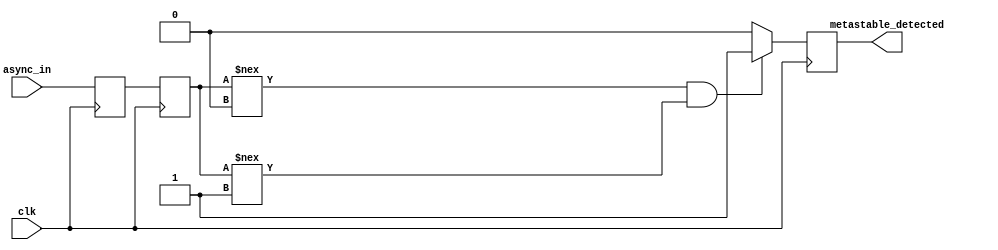
module two_ff_metastability_detector (
    input wire clk,                   // Clock input
    input wire async_in,              // Asynchronous input signal
    output reg metastable_detected     // Output indicating metastability detection
);

    // Internal flip-flop signals
    reg ff1_out;                     // Output of the first flip-flop
    reg ff2_out;                     // Output of the second flip-flop

    // First flip-flop to sample the asynchronous input
    always @(posedge clk) begin
        ff1_out <= async_in;          // Sample async_in on clock edge
    end

    // Second flip-flop to sample the output of the first flip-flop
    always @(posedge clk) begin
        ff2_out <= ff1_out;           // Sample ff1_out on the next clock edge
    end

    // Output logic for metastability detection
    always @(posedge clk) begin
        // Assuming a time threshold function is defined elsewhere:
        // For demonstration purposes, we would need a timer/counter logic to flag metastable conditions here
        // This simple example doesn't include timing mechanisms, but the comments indicate potential logic here
        
        if (ff2_out !== 1'b0 && ff2_out !== 1'b1) begin
            // Unstable state detected (metastable condition)
            metastable_detected <= 1'b1; // Set metastability detected flag
        end else begin
            metastable_detected <= 1'b0; // Clear flag if stable
        end
    end

endmodule